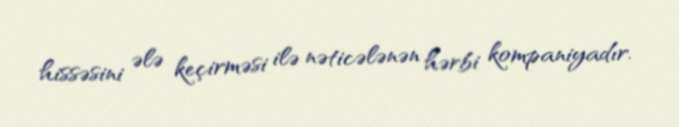
hissəsini ələ keçirməsi ilə nəticələnən hərbi kompaniyadır.